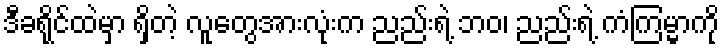
ဒီခရိုင်ထဲမှာ ရှိတဲ့ လူတွေအားလုံးက ညည်းရဲ့ ဘဝ၊ ညည်းရဲ့ ကံကြမ္မာကို